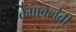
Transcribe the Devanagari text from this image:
वेगावलंबी